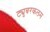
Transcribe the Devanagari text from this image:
ट्युबरकलम